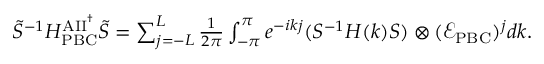
\begin{array} { r } { \tilde { S } ^ { - 1 } H _ { \mathrm { P B C } } ^ { \mathrm { A I I } ^ { \dag } } \tilde { S } = \sum _ { j = - L } ^ { L } \frac { 1 } { 2 \pi } \int _ { - \pi } ^ { \pi } e ^ { - i k j } ( S ^ { - 1 } H ( k ) S ) \otimes ( \mathcal { E } _ { \mathrm { P B C } } ) ^ { j } d k . } \end{array}